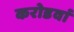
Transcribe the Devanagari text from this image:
करोडवां